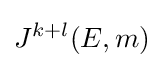
J^{k+l}(E,m)